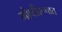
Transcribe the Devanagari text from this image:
गोष्टीरूपात